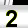
Digit: 2